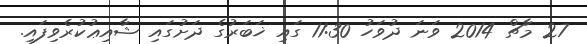
27 މާޗް 2014 ވަނަ ދުވަހު 11:30 ގައި ޚަބަރުގެ ދަށުގައި ޝާއިޢުކުރެވިފައި.